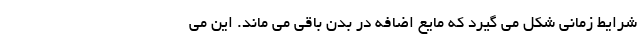
شرایط زمانی شکل می گیرد که مایع اضافه در بدن باقی می ماند. این می